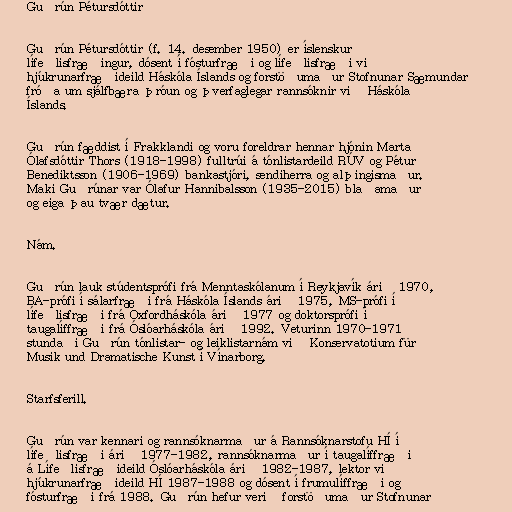
Guðrún Pétursdóttir

Guðrún Pétursdóttir (f. 14. desember 1950) er íslenskur
lífeðlisfræðingur, dósent í fósturfræði og lífeðlisfræði við
hjúkrunarfræðideild Háskóla Íslands og forstöðumaður Stofnunar Sæmundar
fróða um sjálfbæra þróun og þverfaglegar rannsóknir við Háskóla
Íslands.

Guðrún fæddist í Frakklandi og voru foreldrar hennar hjónin Marta
Ólafsdóttir Thors (1918-1998) fulltrúi á tónlistardeild RÚV og Pétur
Benediktsson (1906-1969) bankastjóri, sendiherra og alþingismaður.
Maki Guðrúnar var Ólafur Hannibalsson (1935-2015) blaðamaður
og eiga þau tvær dætur.

Nám.

Guðrún lauk stúdentsprófi frá Menntaskólanum í Reykjavík árið 1970,
BA-prófi í sálarfræði frá Háskóla Íslands árið 1975, MS-prófi í
lífeðlisfræði frá Oxfordháskóla árið 1977 og doktorsprófi í
taugalíffræði frá Óslóarháskóla árið 1992. Veturinn 1970-1971
stundaði Guðrún tónlistar- og leiklistarnám við Konservatotium für
Musik und Dramatische Kunst í Vínarborg.

Starfsferill.

Guðrún var kennari og rannsóknarmaður á Rannsóknarstofu HÍ í
lífeðlisfræði árið 1977-1982, rannsóknarmaður í taugalíffræði
á Lífeðlisfræðideild Óslóarháskóla árið 1982-1987, lektor við
hjúkrunarfræðideild HÍ 1987-1988 og dósent í frumulíffræði og
fósturfræði frá 1988. Guðrún hefur verið forstöðumaður Stofnunar